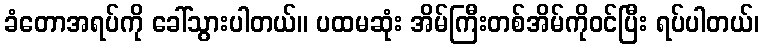
ခံတောအရပ်ကို ခေါ်သွားပါတယ်။ ပထမဆုံး အိမ်ကြီးတစ်အိမ်ကိုဝင်ပြီး ရပ်ပါတယ်၊